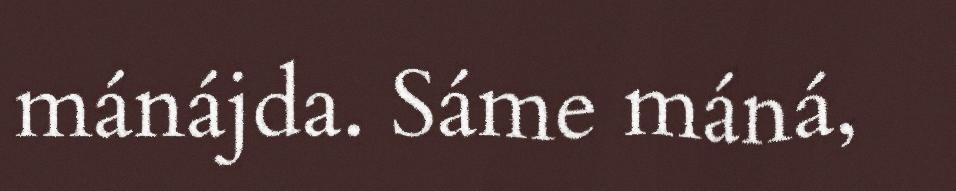
mánájda. Sáme máná,